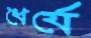
ধৈর্যে